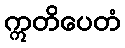
ဣတိပေတံ